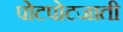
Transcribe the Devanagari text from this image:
पोटपोटजाती